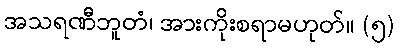
အသရဏီဘူတံ၊ အားကိုးစရာမဟုတ်။ (၅)